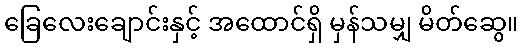
ခြေလေးချောင်းနှင့် အထောင်ရှိ မှန်သမျှ မိတ်ဆွေ။